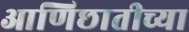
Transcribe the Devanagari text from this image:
आणिछातीच्या